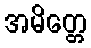
အမိတ္တေ